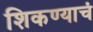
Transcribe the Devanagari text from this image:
शिकण्याचं